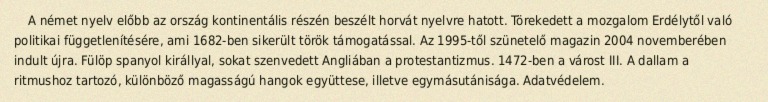
A német nyelv előbb az ország kontinentális részén beszélt horvát nyelvre hatott. Törekedett a mozgalom Erdélytől való politikai függetlenítésére, ami 1682-ben sikerült török támogatással. Az 1995-től szünetelő magazin 2004 novemberében indult újra. Fülöp spanyol királlyal, sokat szenvedett Angliában a protestantizmus. 1472-ben a várost III. A dallam a ritmushoz tartozó, különböző magasságú hangok együttese, illetve egymásutánisága. Adatvédelem.